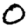
Digit: 0